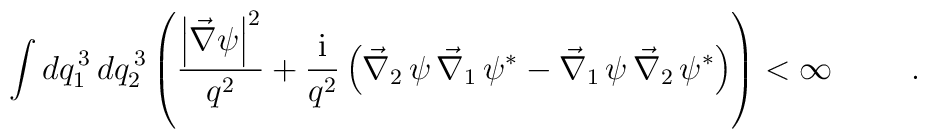
\int dq_1^{\,3}\,dq_2^{\,3} \left(\frac{\left|\vec{\nabla}\psi\right|^2}{q^2} + \frac{\mbox{i}}{q^2}\left(\vec{\nabla}_2\,\psi\,\vec{\nabla}_1\,\psi^{\ast} - \vec{\nabla}_1\,\psi\,\vec{\nabla}_2\,\psi^{\ast}\right)\right) < \infty \hspace{1cm}.